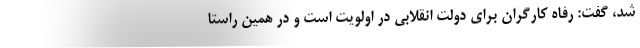
شد، گفت: رفاه کارگران برای دولت انقلابی در اولویت است و در همین راستا